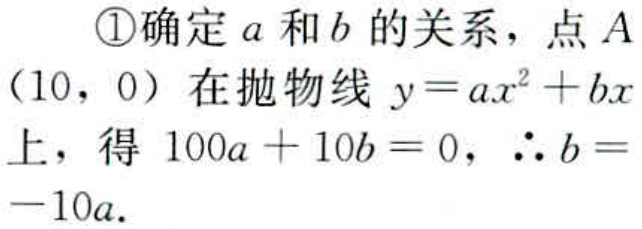
\textcircled{1}确定\(a\)和\(b\)的关系，点\(A\)（\(10\)，\(0\)）在抛物线\(y = ax^{2}+bx\)上，得 \(100a + 10b = 0\)，\(\therefore b = -10a\).